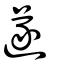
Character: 遂